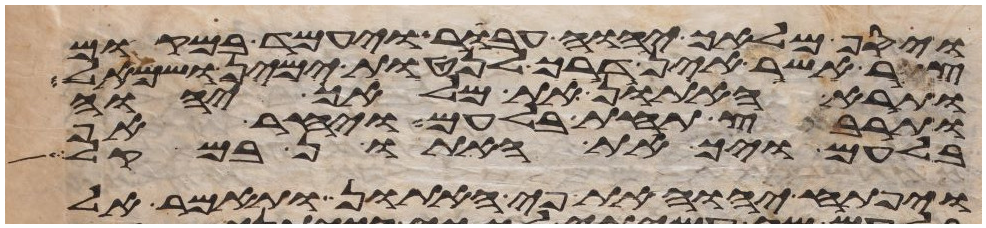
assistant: ויסף מלאך יהוה עבר ויעמד במקום
צר אשר אין דרך לנטות ימין ושמאל
ותרא האתון את מלאך יהוה
ותרבץ תחת בלעם ויחר אף
בלעם ויך את האתון במקל
ויפתח יהוה את פי האתון ותאמר אל